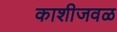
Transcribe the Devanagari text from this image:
काशीजवळ